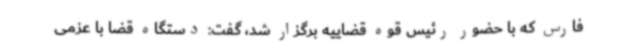
فارس که با حضور رئیس قوه قضاییه برگزار شد، گفت: دستگاه قضا با عزمی